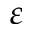
\varepsilon